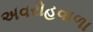
અવરોહવાળા